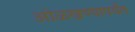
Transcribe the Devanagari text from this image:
ओळखण्यापर्यंत